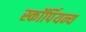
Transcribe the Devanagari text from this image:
स्कॉर्पियन्य